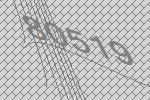
80519